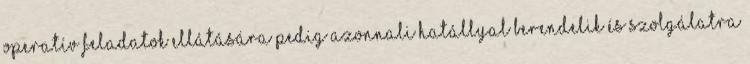
operatív feladatok ellátására pedig azonnali hatállyal berendelik és szolgálatra